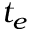
t _ { e }